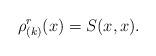
LaTeX: \begin{align*}\rho_{(k)}^{r}(x)=S(x,x).\end{align*}